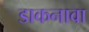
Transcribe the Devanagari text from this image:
डाकनावा